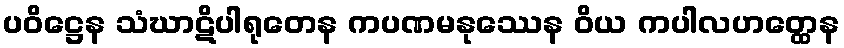
ပဝိဋ္ဌေန သံဃာဋိပါရုတေန ကပဏမနုဿေန ဝိယ ကပါလဟတ္ထေန